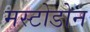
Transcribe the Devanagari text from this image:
मस्टोडोन